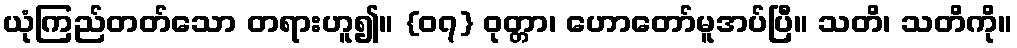
ယုံကြည်တတ်သော တရားဟူ၍။ {၀၇} ဝုတ္တာ၊ ဟောတော်မူအပ်ပြီ။ သတိ၊ သတိကို။